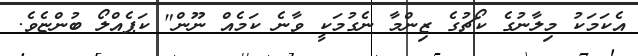
އެކަމަކު މިލާނުގެ ކޯޗުގެ ޒިންމާ ނެގުމަކީ ވާނެ ކަމެއް ނޫން" ކަޕެއްލޯ ބުންޏެވެ.